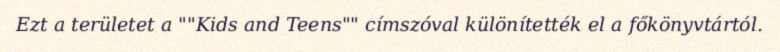
Ezt a területet a ""Kids and Teens"" címszóval különítették el a főkönyvtártól.